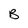
Character: B